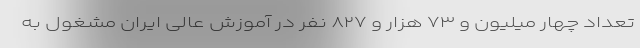
تعداد چهار میلیون و ۷۳ هزار و ۸۲۷ نفر در آموزش عالی ایران مشغول به